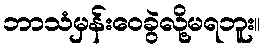
ဘာသံမှန်းဝေခွဲလို့မရဘူး။